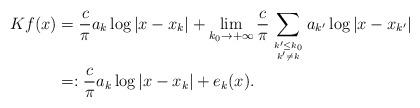
LaTeX: \begin{align*}Kf(x) & = \frac{c}{\pi} a_k \log|x-x_k| + \lim_{k_0\to +\infty} \frac{c}{\pi} \sum_{k'\leq k_0 \atop{k' \neq k} } a_{k'} \log|x-x_{k'}| \\& =: \frac{c}{\pi} a_k \log|x-x_k| + e_k(x).\end{align*}